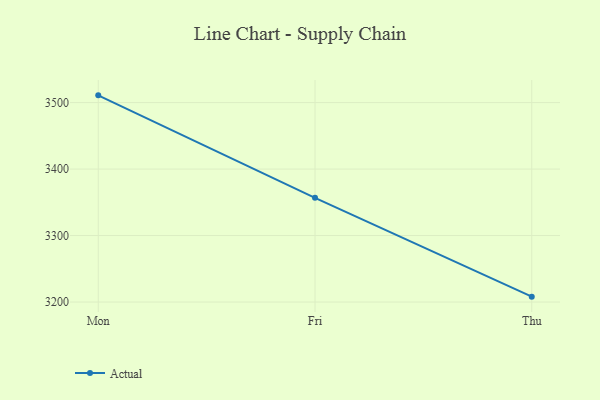
{"axis": {"x": "Day", "y": "Population (Million)"}, "legend": ["Actual"], "data": [{"x": "Mon", "y": 3510.9, "type": "Actual"}, {"x": "Fri", "y": 3356.7, "type": "Actual"}, {"x": "Thu", "y": 3208.1, "type": "Actual"}]}